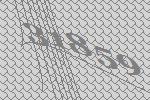
31859